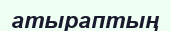
атыраптың